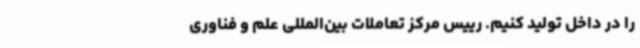
را در داخل تولید کنیم. رییس مرکز تعاملات بین‌المللی علم و فناوری